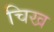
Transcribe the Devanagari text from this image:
चिख